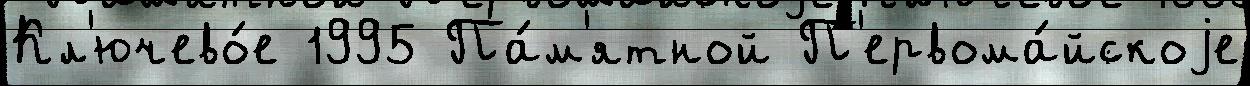
Кл'ючево́е 1995 Па́м'ятной П'ервома́йскоjе